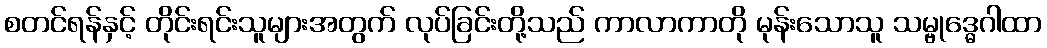
စတင်ရန်နှင့် တိုင်းရင်းသူများအတွက် လုပ်ခြင်းတို့သည် ကာလာကာတို မုန်းသောသူ သမ္ဗုဒ္ဓေဂါထာ